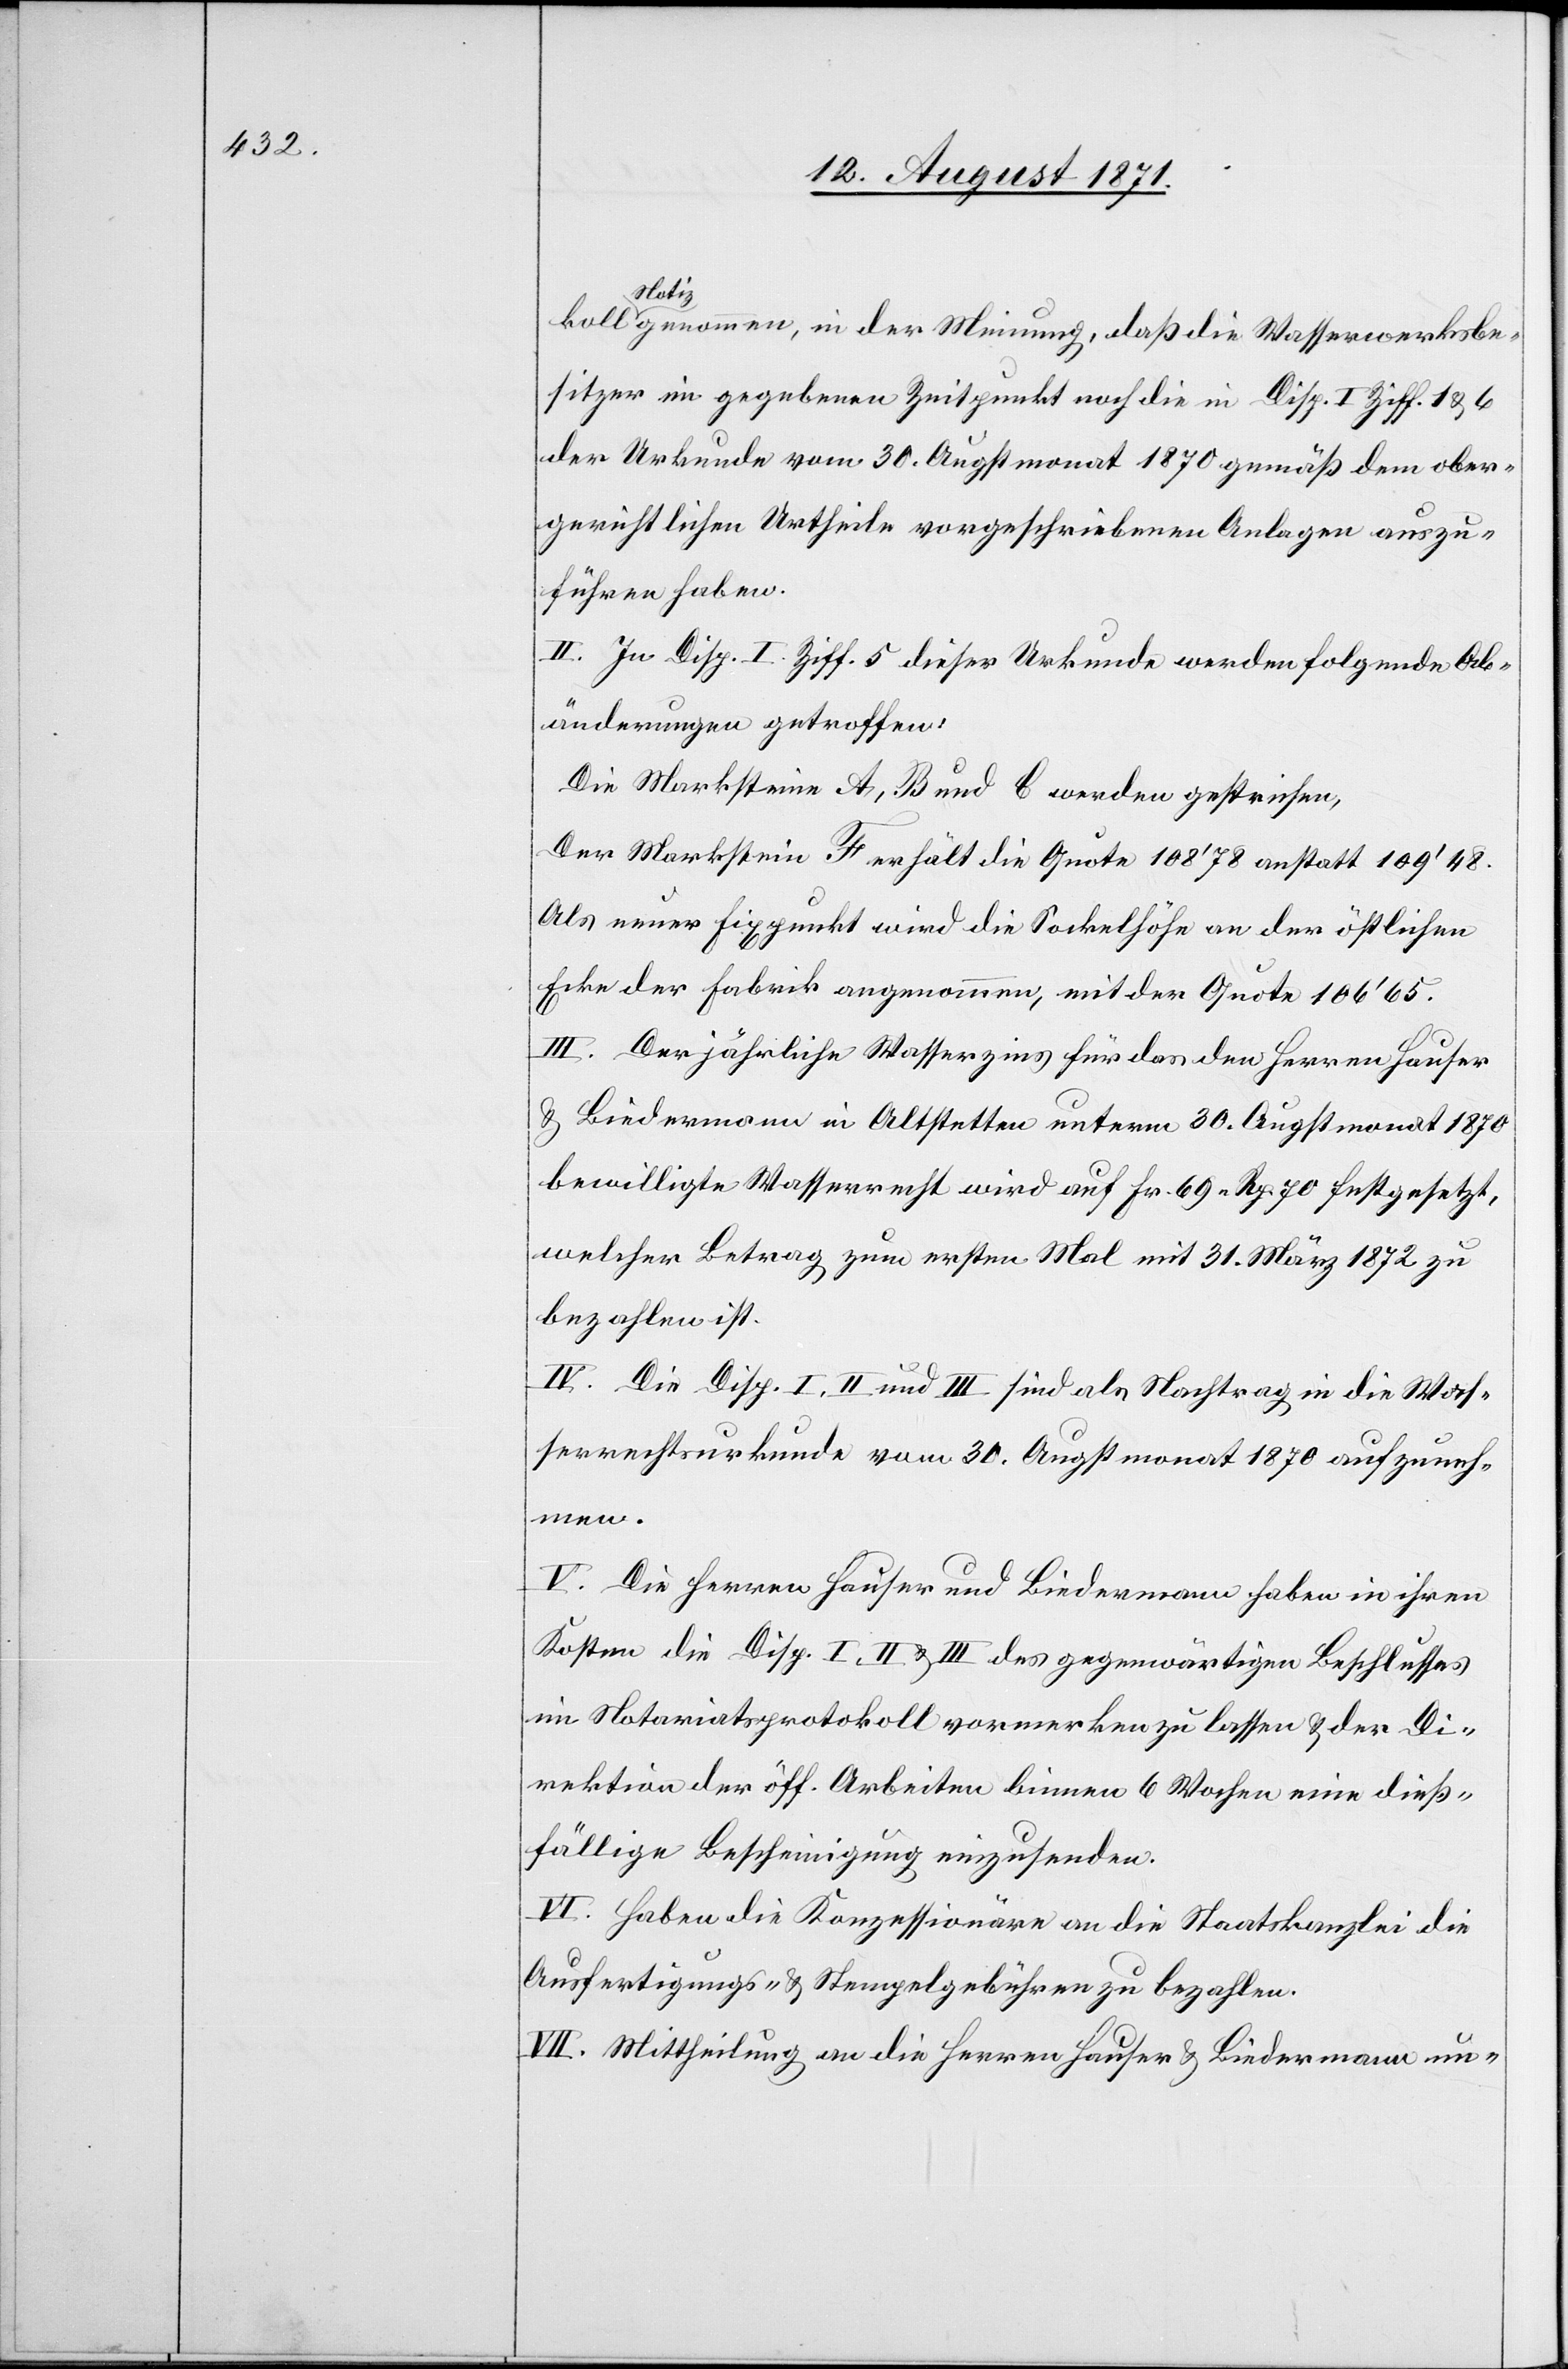
Notiz genommen, in der Meinung, daß die Wasserwerksbe¬
sitzer im gegebenem Zeitpunkt noch die in Disp. I Ziff. 1 & 6
der Urkunde vom 30. Augstmonat 1870 gemäß dem ober¬
gerichtlichen Antheile vorgeschriebenen Anlagen zuzu¬
führen haben.
II. Zur Disp. I. Ziff. 5 dieser Urkunde wurde folgende Ab¬
änderung getroffen:
Die Marksteine A, B und C werden gestrichen.
Der Markstein F erhält die Quote 108’78 anstatt 109’48.
Als neuer Fixpunkt wird die Sockelhöhe an der östlichen
Ecke der Fabrik angenommen, mit der Quote 106’65.
III. Der jährliche Wasserzins für das den Herren Hauser
& Biedermann in Altstetten unterm 30. Augustmonat 1870
bewilligte Wasserrecht wird auf Fr. 69 Rp. 70 festgesetzt,
welcher Betrag zum ersten Mal mit 31. März 1872 zu
bezahlen ist.
IV. Die Disp. I, II und III sind als Nachtrag in die Was¬
serrechtsurkunde vom 30. Augstmonat 1870 aufzuneh¬
men.
V. Die Herren Hauser und Biedermann haben in ihren
Kosten die Disp. I, II und III des gegenwärtigen Beschlusses
im Notariatsprotokoll vormerken zu lassen & der Di¬
rektion der öff. Arbeiten binnen 6 Wochen eine dieß¬
fällige Bescheinigung einzusenden.
VI. Haben die Konzessionen an die Staatskanzlei die
Ausfertigungs- und Stempelgebühren zu bezahlen.
VII. Mittheilung an die Herren Hauser & Liebermann un-